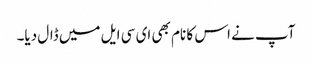
آپ نے اس کا نام بھی ای سی ایل میں ڈال دیا۔